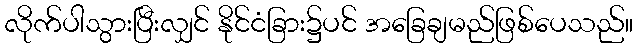
လိုက်ပါသွားပြီးလျှင် နိုင်ငံခြား၌ပင် အခြေချမည်ဖြစ်ပေသည်။